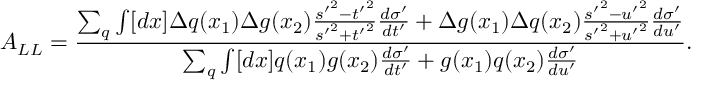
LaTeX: A _ { L L } = \frac { \sum _ { q } \int [ d x ] \Delta q ( x _ { 1 } ) \Delta g ( x _ { 2 } ) \frac { { s ^ { \prime } } ^ { 2 } - { t ^ { \prime } } ^ { 2 } } { { s ^ { \prime } } ^ { 2 } + { t ^ { \prime } } ^ { 2 } } \frac { d \sigma ^ { \prime } } { d t ^ { \prime } } + \Delta g ( x _ { 1 } ) \Delta q ( x _ { 2 } ) \frac { { s ^ { \prime } } ^ { 2 } - { u ^ { \prime } } ^ { 2 } } { { s ^ { \prime } } ^ { 2 } + { u ^ { \prime } } ^ { 2 } } \frac { d \sigma ^ { \prime } } { d u ^ { \prime } } } { \sum _ { q } \int [ d x ] q ( x _ { 1 } ) g ( x _ { 2 } ) \frac { d \sigma ^ { \prime } } { d t ^ { \prime } } + g ( x _ { 1 } ) q ( x _ { 2 } ) \frac { d \sigma ^ { \prime } } { d u ^ { \prime } } } .